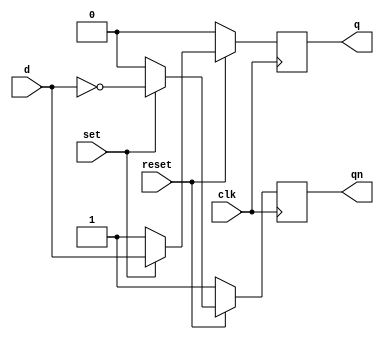
module diff_syn(q,qn,d,clk,set,reset);
	input d,clk,set,reset;
	output reg q,qn;
	always @(posedge clk)
	begin
		if (~reset)
		begin
			q<=1'b0;
			qn<=1'b1;
		end
		else if(~set)
		begin
			q<=1'b1;
			qn<=1'b0;
		end
		else
		begin
			q<=d;
			qn<=~d;
		end
	end
endmodule